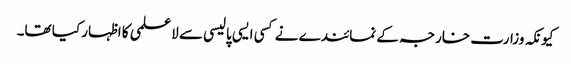
کیونکہ وزارت خارجہ کے نمائندے نے کسی ایسی پالیسی سے لاعلمی کا اظہار کیا تھا۔